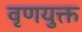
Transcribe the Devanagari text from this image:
वृणयुक्त